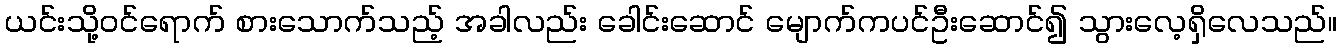
ယင်းသို့ဝင်ရောက် စားသောက်သည့် အခါလည်း ခေါင်းဆောင် မျောက်ကပင်ဦးဆောင်၍ သွားလေ့ရှိလေသည်။